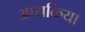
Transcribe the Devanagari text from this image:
आयकिया